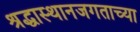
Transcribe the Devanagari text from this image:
श्रद्धास्थानजगताच्या